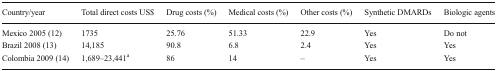
<table><thead><tr><td><b>Country/year</b></td><td><b>Total direct costs US$</b></td><td><b>Drug costs (%)</b></td><td><b>Medical costs (%)</b></td><td><b>Other costs (%)</b></td><td><b>Synthetic DMARDs</b></td><td><b>Biologic agents</b></td></tr></thead><tbody><tr><td>Mexico 2005 (12)</td><td>1735</td><td>25.76</td><td>51.33</td><td>22.9</td><td>Yes</td><td>Do not</td></tr><tr><td>Brazil 2008 (13)</td><td>14,185</td><td>90.8</td><td>6.8</td><td>2.4</td><td>Yes</td><td>Yes</td></tr><tr><td>Colombia 2009 (14)</td><td>1,689–23,441<sup>a</sup></td><td>86</td><td>14</td><td>–</td><td>Yes</td><td>Yes</td></tr></tbody></table>